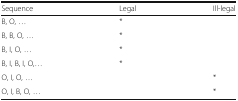
| Sequence | Legal | Ill-legal |
 | --- | --- | --- |
 | B, O, ... | * |  |
 | B, B, O, ... | * |  |
 | B, I, O, ... | * |  |
 | B, I, B, I, O,... | * |  |
 | O, I, O, ... |  | * |
 | O, I, B, O, ... |  | * |